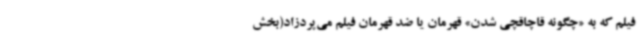
فیلم که به «چگونه قاچاقچی شدن» قهرمان یا ضد قهرمان فیلم می‌پردزاد(بخش